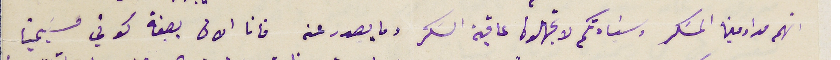
انهم مداومين المسَكر وسَيادتكم لا تجهلون عاقبة السَكر وما يصدر عنه فانا الان بصفة كوني مسَيحيًا